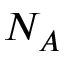
N _ { A }